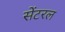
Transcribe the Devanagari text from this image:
सेंटरल